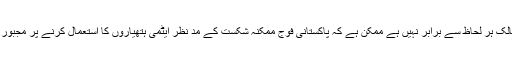
دونوں ممالک ہر لحاظ سے برابر نہیں ہے ممکن ہے کہ پاکستانی فوج ممکنہ شکست کے مد نظر ایٹمی ہتھیاروں کا استعمال کرنے پر مجبور ہو جائے۔